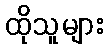
ထိုသူများ